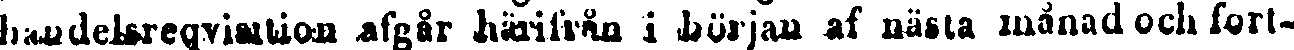
handelsreqvisition afgår härifrån i början af nästa månad och fort-